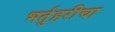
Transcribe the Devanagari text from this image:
भर्तुहरीचा